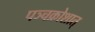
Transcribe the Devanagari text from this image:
पञ्चक्रोशात्